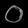
Digit: ၀